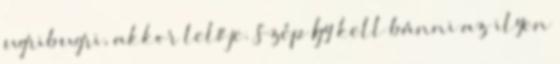
ugribugri, akkor lelője. Szép Így kell bánni az ilyen